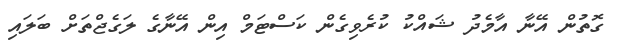
ގޮތުން އޭނާ އާމެދު ޝައްކު ކުރެވިގެން ކަސްޓަމް އިން އޭނާގެ ލަގެޖްތަށް ބަލައި